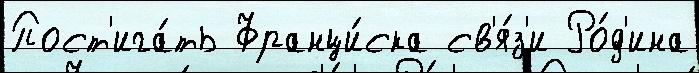
Пост'ига́ть Франци́ска св'я́з'и Ро́д'ина